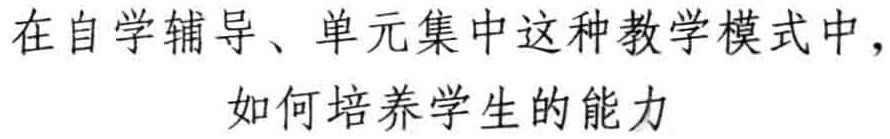
在自学辅导、单元集中这种教学模式中，
如何培养学生的能力